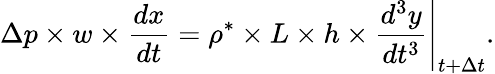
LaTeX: \Delta p\times w\times\frac{dx}{dt}=\rho^{*}\times L\times h\times\frac{d^{3}y}{dt^{3}}\Bigg\rvert_{t+\Delta t}.